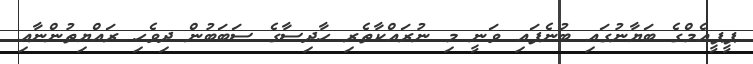
ޕީޕީއެމްގެ ބަޔާނުގައި ބުނެފައި ވަނީ މި ނުރައްކާތެރި ހާދިސާގެ ސަބަބުން ދިވެހި ރައްޔިތުންނާއި